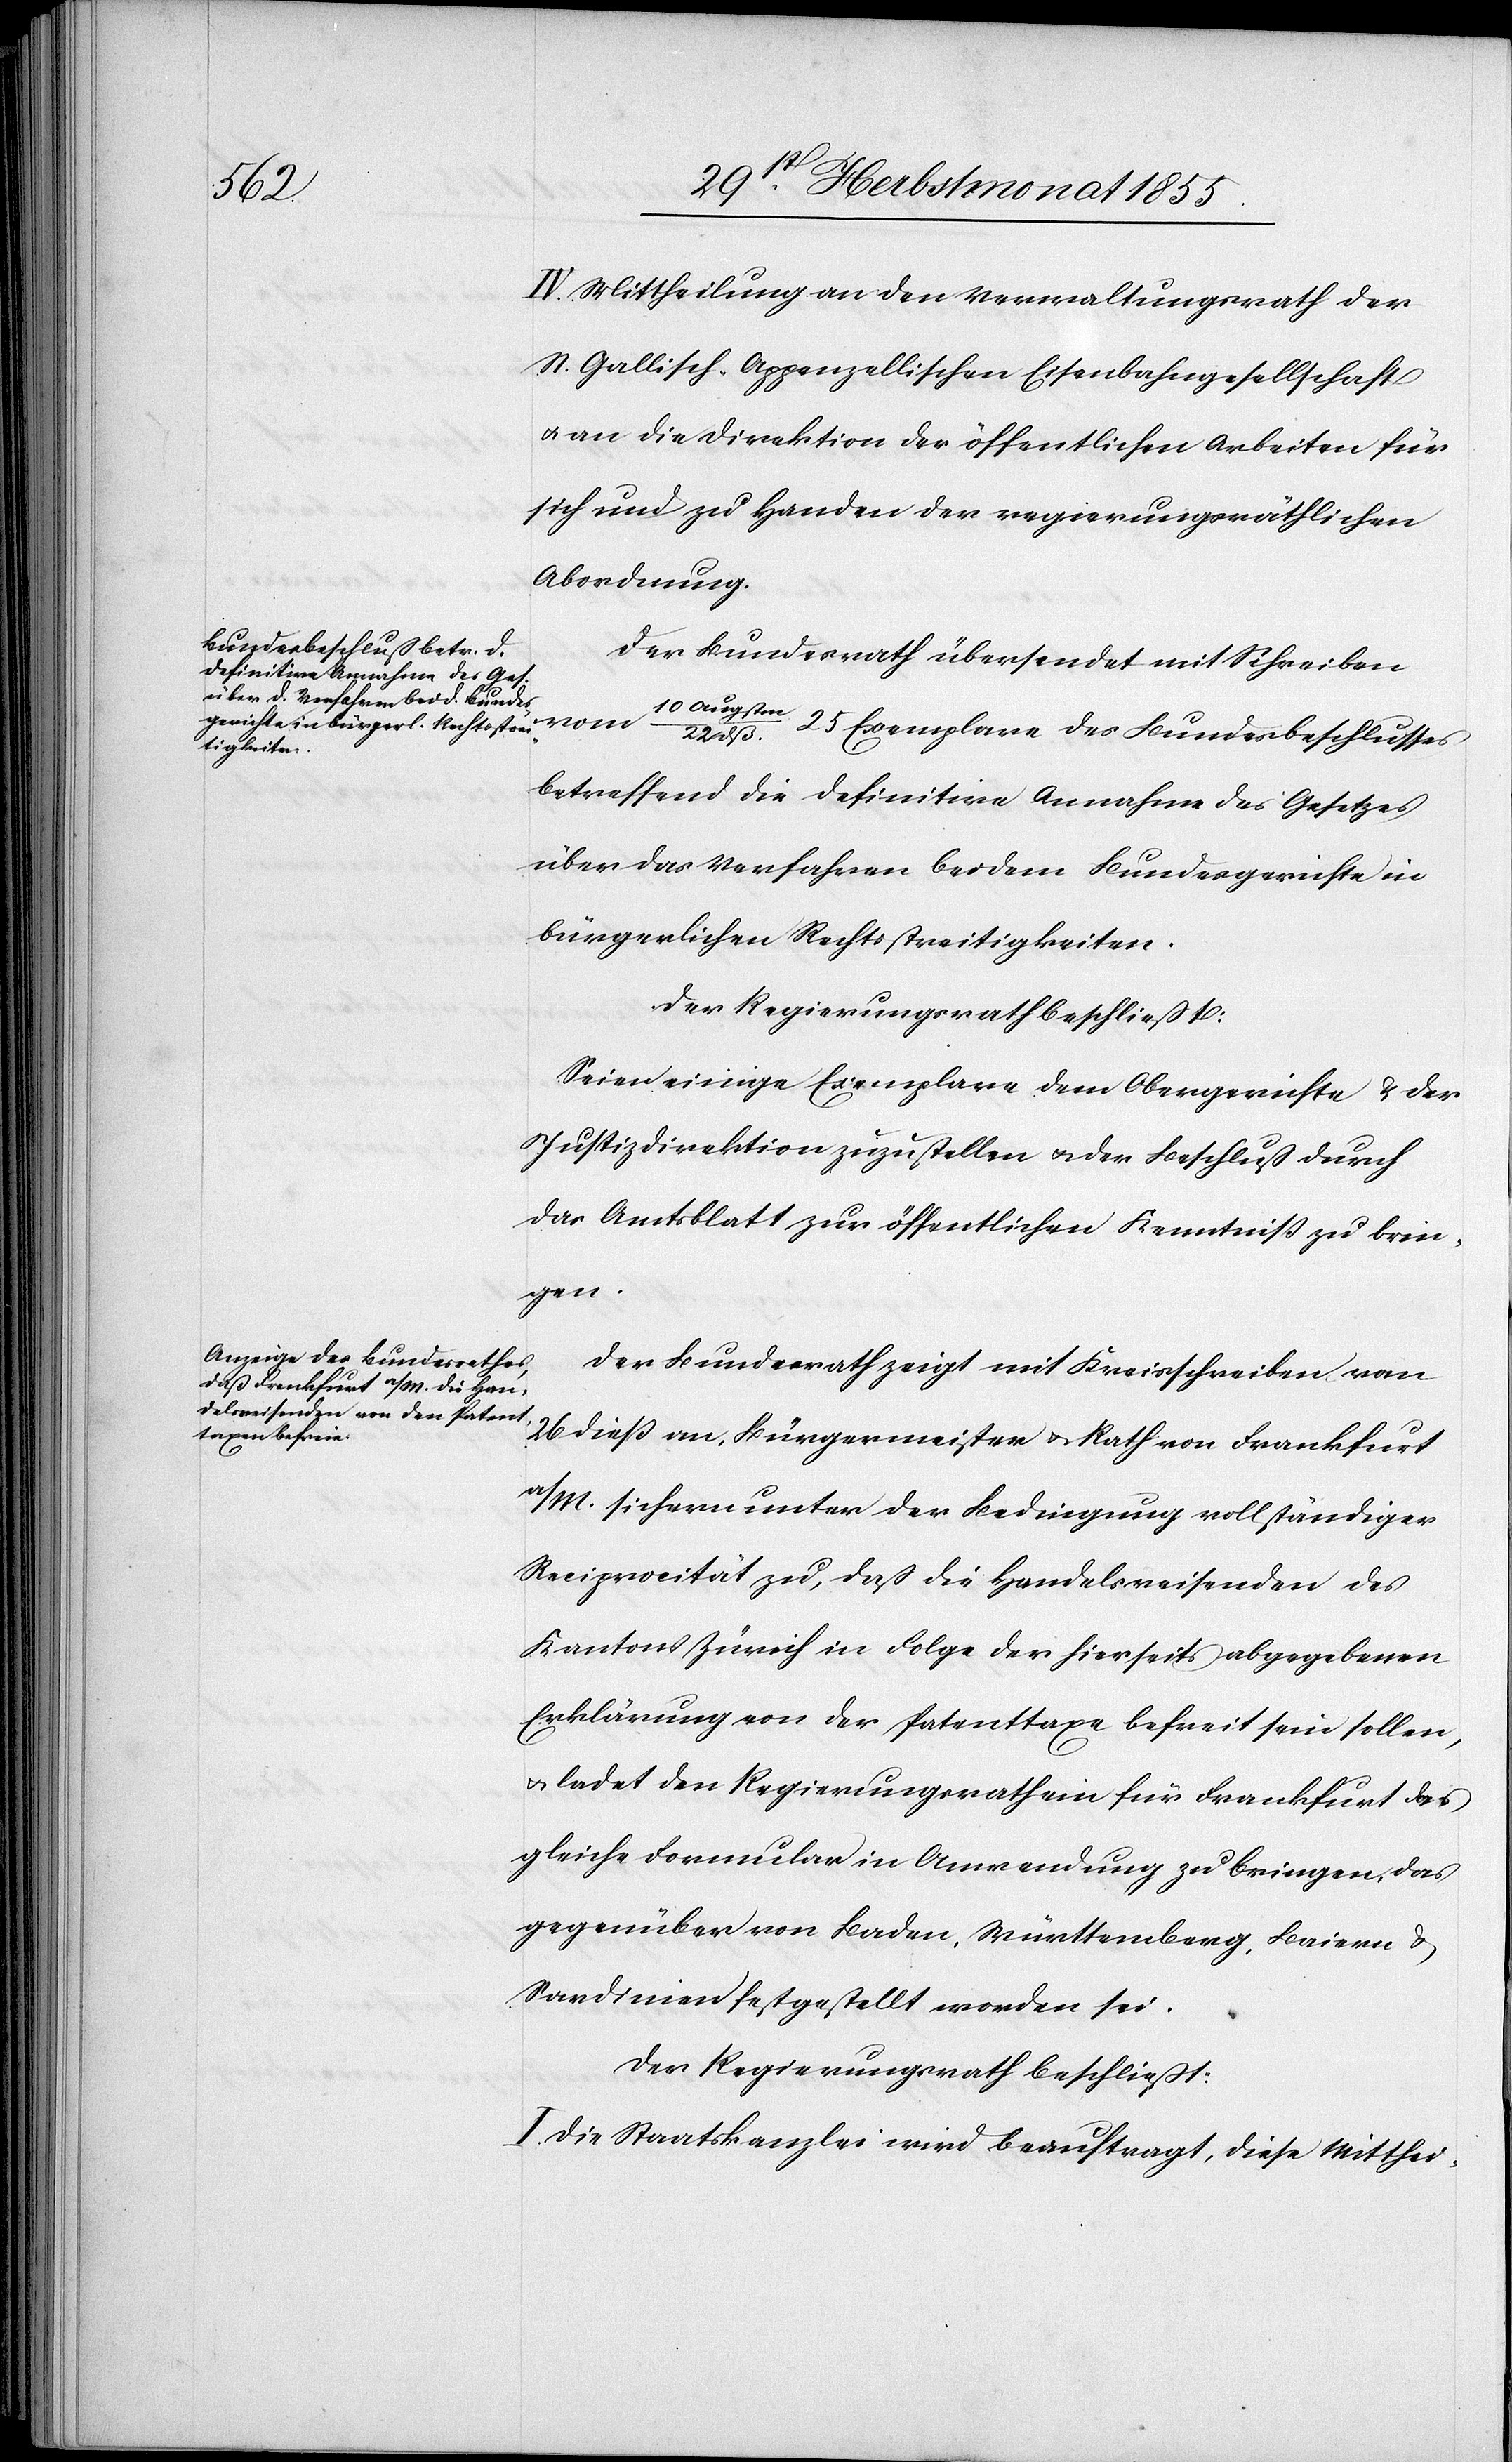
IV. Mittheilung an den Verwaltungsrath der
St. Gallisch-Appenzellischen Eisenbahngesellschaft
& an die Direktion der öffentlichen Arbeiten für
sich und zu Handen der regierungsräthlichen
Abordnung.
Der Bundesrath übersendet mit Schreiben
10 Augstm.
25 Exemplare des Bundesbeschlusses
22 dß.
betreffend die definitive Annahme des Gesetzes
über das Verfahren bei dem Bundesgerichte in
bürgerlichen Rechtsstreitigkeiten.
Seien einige Exemplare dem Obergerichte & der
Justizdirektion zuzustellen & der Beschluß durch
das Amtsblatt zur öffentlichen Kenntniß zu brin¬
gen.
Der Bundesrath zeigt mit Kreisschreiben vom
26 dieß an, Bürgermeister & Rath von Frankfurt
a/M. sichern unter der Bedingung vollständiger
Reciprocität zu, daß die Handelsreisenden des
Kantons Zürich in Folge der hierseits abgegebenen
Erklärung von der Patenttaxe befreit sein sollen,
& ladet den Regierungsrath ein für Frankfurt das
gleiche Formular in Anwendung zu bringen, das
gegenüber von Baden, Württemberg, Baiern &
Sardinien festgestellt worden sei.
Der Regierungsrath beschließt:
I. Die Staatskanzlei wird beauftragt, diese Mitthei-